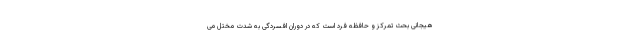
هیجانی بحث تمرکز و حافظه فرد است که در دوران افسردگی به شدت مختل می